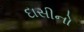
દાસીનો